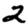
Digit: 2